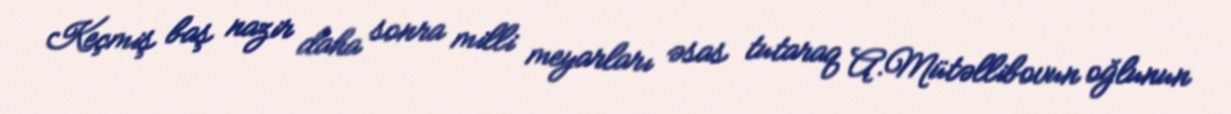
Keçmiş baş nazir daha sonra milli meyarları əsas tutaraq A.Mütəllibovun oğlunun